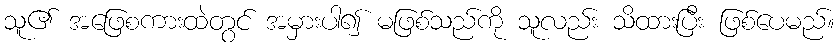
သူ၏ အဖြေစကားထဲတွင် အမှားပါ၍ မဖြစ်သည်ကို သူလည်း သိထားပြီး ဖြစ်ပေမည်။